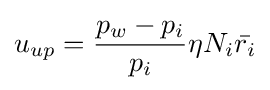
u_{up}={\frac {p_{w}-p_{i}}{p_{i}}}\eta N_{i}{\bar {r_{i}}}